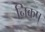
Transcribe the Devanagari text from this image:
निकष्